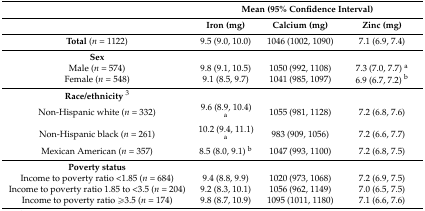
<table><thead><tr><td rowspan="2"></td><td colspan="3"><b>Mean (95% Confidence Interval)</b></td></tr><tr><td><b>Iron (mg)</b></td><td><b>Calcium (mg)</b></td><td><b>Zinc (mg)</b></td></tr></thead><tbody><tr><td><b>Total</b> (<i>n</i> = 1122)</td><td>9.5 (9.0, 10.0)</td><td>1046 (1002, 1090)</td><td>7.1 (6.9, 7.4)</td></tr><tr><td><b>Sex</b></td><td></td><td></td><td></td></tr><tr><td>Male (<i>n</i> = 574)</td><td>9.8 (9.1, 10.5)</td><td>1050 (992, 1108)</td><td>7.3 (7.0, 7.7) <sup>a</sup></td></tr><tr><td>Female (<i>n</i> = 548)</td><td>9.1 (8.5, 9.7)</td><td>1041 (985, 1097)</td><td>6.9 (6.7, 7.2) <sup>b</sup></td></tr><tr><td><b>Race/ethnicity</b><sup>3</sup></td><td></td><td></td><td></td></tr><tr><td>Non-Hispanic white (<i>n</i> = 332)</td><td>9.6 (8.9, 10.4) <sup>a</sup></td><td>1055 (981, 1128)</td><td>7.2 (6.8, 7.6)</td></tr><tr><td>Non-Hispanic black (<i>n</i> = 261)</td><td>10.2 (9.4, 11.1) <sup>a</sup></td><td>983 (909, 1056)</td><td>7.2 (6.6, 7.7)</td></tr><tr><td>Mexican American (<i>n</i> = 357)</td><td>8.5 (8.0, 9.1) <sup>b</sup></td><td>1047 (993, 1100)</td><td>7.2 (6.8, 7.5)</td></tr><tr><td><b>Poverty status</b></td><td></td><td></td><td></td></tr><tr><td>Income to poverty ratio &lt;1.85 (<i>n</i> = 684)</td><td>9.4 (8.8, 9.9)</td><td>1020 (973, 1068)</td><td>7.2 (6.9, 7.5)</td></tr><tr><td>Income to poverty ratio 1.85 to &lt;3.5 (<i>n</i> = 204)</td><td>9.2 (8.3, 10.1)</td><td>1056 (962, 1149)</td><td>7.0 (6.5, 7.5)</td></tr><tr><td>Income to poverty ratio ≥3.5 (<i>n</i> = 174)</td><td>9.8 (8.7, 10.9)</td><td>1095 (1011, 1180)</td><td>7.1 (6.6, 7.6)</td></tr></tbody></table>